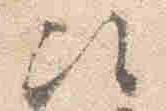
次